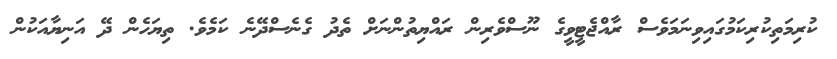
ކުރިމަތިކުރިކަމުގައިވިނަމަވެސް ރާއްޖެޓީވީގެ ނޫސްވެރިން ރައްޔިތުންނަށް ތެދު ގެނެސްދޭނެ ކަމެވެ. ތިޔަހެން ދޭ އަނިޔާއަކުން